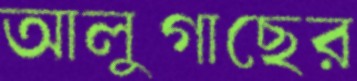
আলুগাছের